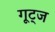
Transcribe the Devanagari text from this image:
गूट्ज